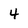
Character: 4